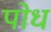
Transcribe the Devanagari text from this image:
पोध